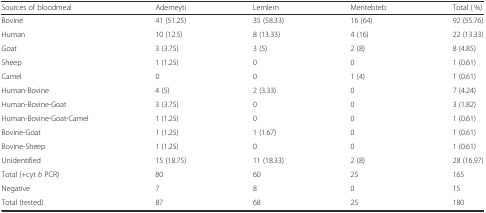
<table><thead><tr><td><b>Sources of bloodmeal</b></td><td><b>Ademeyti</b></td><td><b>Lemlem</b></td><td><b>Mentebteb</b></td><td><b>Total ( %)</b></td></tr></thead><tbody><tr><td>Bovine</td><td>41 (51.25)</td><td>35 (58.33)</td><td>16 (64)</td><td>92 (55.76)</td></tr><tr><td>Human</td><td>10 (12.5)</td><td>8 (13.33)</td><td>4 (16)</td><td>22 (13.33)</td></tr><tr><td>Goat</td><td>3 (3.75)</td><td>3 (5)</td><td>2 (8)</td><td>8 (4.85)</td></tr><tr><td>Sheep</td><td>1 (1.25)</td><td>0</td><td>0</td><td>1 (0.61)</td></tr><tr><td>Camel</td><td>0</td><td>0</td><td>1 (4)</td><td>1 (0.61)</td></tr><tr><td>Human-Bovine</td><td>4 (5)</td><td>2 (3.33)</td><td>0</td><td>7 (4.24)</td></tr><tr><td>Human-Bovine-Goat</td><td>3 (3.75)</td><td>0</td><td>0</td><td>3 (1.82)</td></tr><tr><td>Human-Bovine-Goat-Camel</td><td>1 (1.25)</td><td>0</td><td>0</td><td>1 (0.61)</td></tr><tr><td>Bovine-Goat</td><td>1 (1.25)</td><td>1 (1.67)</td><td>0</td><td>1 (0.61)</td></tr><tr><td>Bovine-Sheep</td><td>1 (1.25)</td><td>0</td><td>0</td><td>1 (0.61)</td></tr><tr><td>Unidentified</td><td>15 (18.75)</td><td>11 (18.33)</td><td>2 (8)</td><td>28 (16.97)</td></tr><tr><td>Total (+cyt <i>b</i> PCR)</td><td>80</td><td>60</td><td>25</td><td>165</td></tr><tr><td>Negative</td><td>7</td><td>8</td><td>0</td><td>15</td></tr><tr><td>Total (tested)</td><td>87</td><td>68</td><td>25</td><td>180</td></tr></tbody></table>